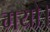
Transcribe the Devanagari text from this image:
गयो।